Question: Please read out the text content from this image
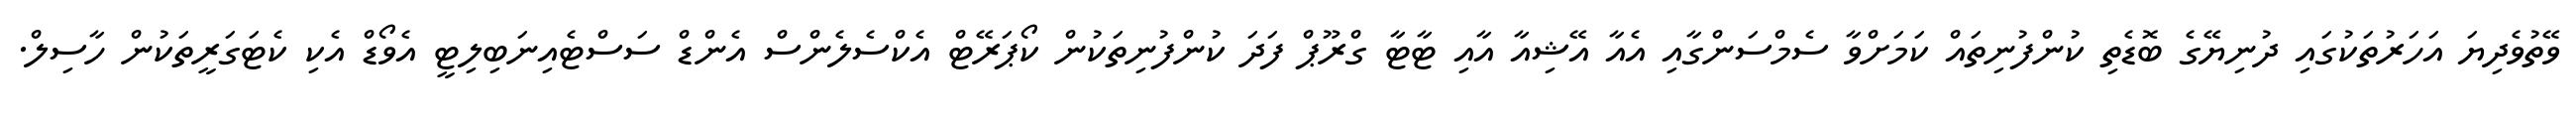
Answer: ވޭތުވެދިޔަ އަހަރުތަކުގައި ދުނިޔޭގެ ބޮޑެތި ކުންފުނިތައް ކަމަށްވާ ސެމްސަންގާއި އެއާ އޭޝިއާ އާއި ޓާޓާ ގްރޫޕް ފަދަ ކުންފުނިތަކުން ކޯޕަރޭޓް އެކްސެލެންސް އެންޑް ސަސްޓެއިނަބިލިޓީ އެވޯޑް އެކި ކެޓަގަރީތަކުން ހާސިލް.